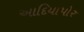
આદિયાપોર